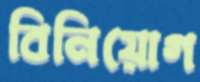
বিনিয়োগ